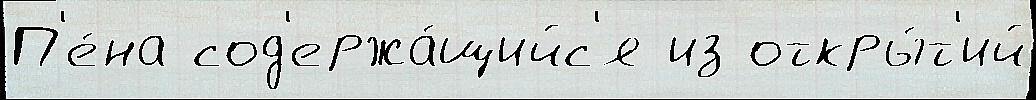
П'е́на сод'ержа́щийс'я из откры́т'ий